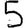
Digit: 5